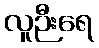
လူဉီးရေ